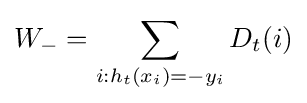
W_{-}=\sum _{i:h_{t}(x_{i})=-y_{i}}D_{t}(i)